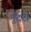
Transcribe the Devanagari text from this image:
मुँदरी